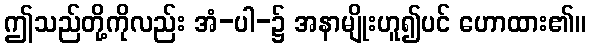
ဤသည်တို့ကိုလည်း အံ-ပါ-၌ အနာမျိုးဟူ၍ပင် ဟောထား၏။